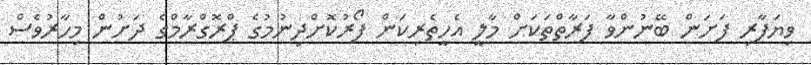
ވިޔަފާރި ފަށަން ބޭނުންވާ ފަރާތްތަކަށް މާލީ އެހީތެރިކަން ފޯރުކޮށްދިނުމުގެ ޕްރޮގްރާމްގެ ދަށުން މިހާރުވެސް